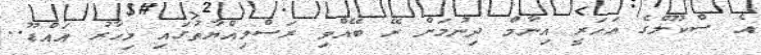
އެ ސްކޫލްގެ އަހަރީ އިނާމް ދިނުމަށް ރޭ ބޭއްވި ރަސްމިއްޔާތުގައި މިހާރު އައްޑޫ..